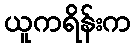
ယူကရိန်းက